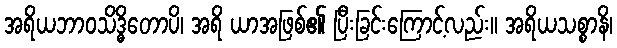
အရိယဘာဝသိဒ္ဓိတောပိ၊ အရိ ယာအဖြစ်၏ ပြီးခြင်းကြောင့်လည်း။ အရိယသစ္စာနိ၊